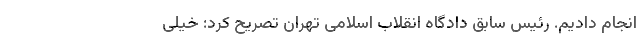
انجام دادیم. رئیس سابق دادگاه انقلاب اسلامی تهران تصریح کرد: خیلی